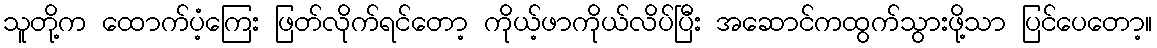
သူတို့က ထောက်ပံ့ကြေး ဖြတ်လိုက်ရင်တော့ ကိုယ့်ဖာကိုယ်လိပ်ပြီး အဆောင်ကထွက်သွားဖို့သာ ပြင်ပေတော့။